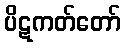
ပိဋကတ်တော်